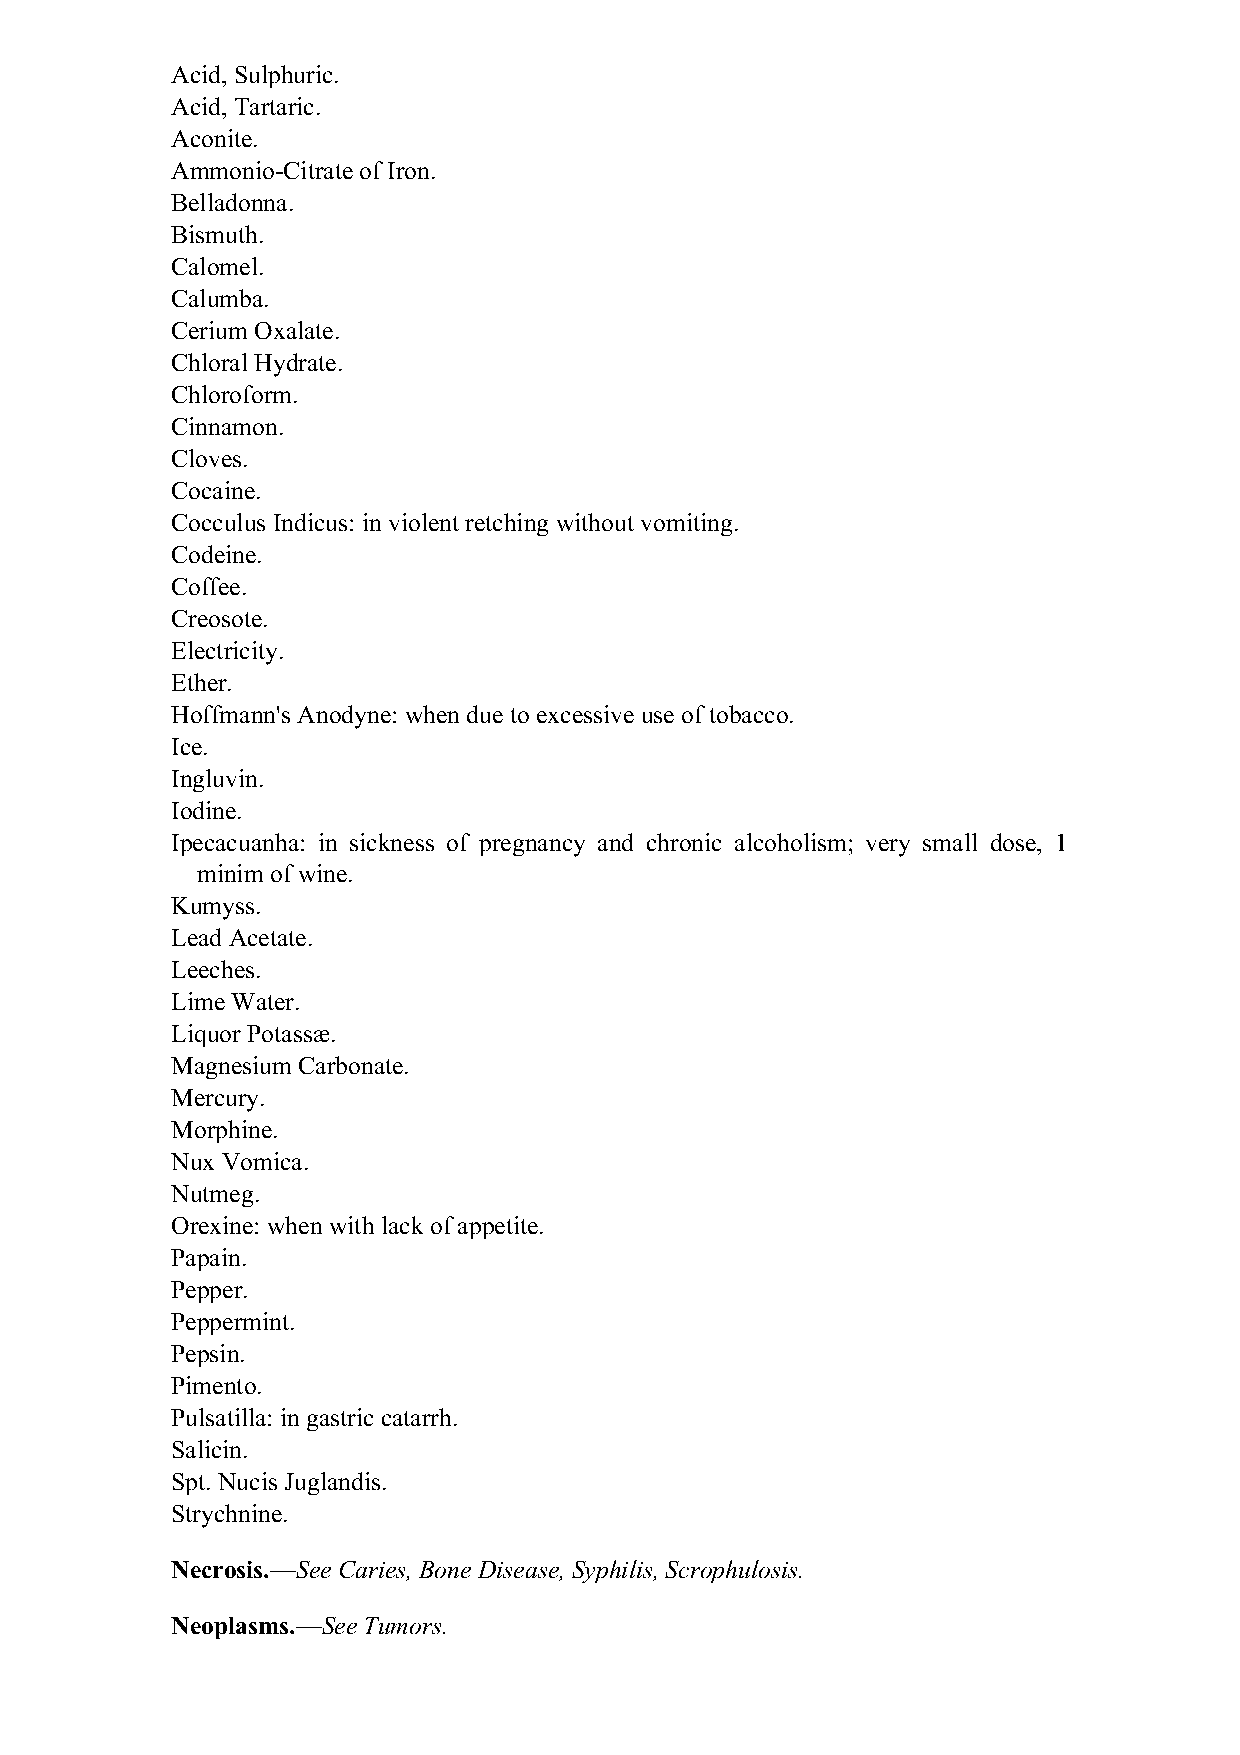
Acid, Sulphuric.
 Acid, Tartaric.
 Aconite.
 Ammonio-Citrate of Iron.
 Belladonna.
 Bismuth.
 Calomel.
 Calumba.
 Cerium Oxalate.
 Chloral Hydrate.
 Chloroform.
 Cinnamon.
 Cloves.
 Cocaine.
 Cocculus Indicus: in violent retching without vomiting.
 Codeine.
 Coffee.
 Creosote.
 Electricity.
 Ether.
 Hoffmann's Anodyne: when due to excessive use of tobacco.
 Ice.
 Ingluvin.
 Iodine.
 Ipecacuanha: in sickness of pregnancy and chronic alcoholism; very small dose, 1
 minim of wine.
 Kumyss.
 Lead Acetate.
 Leeches.
 Lime Water.
 Liquor Potassæ.
 Magnesium Carbonate.
 Mercury.
 Morphine.
 Nux Vomica.
 Nutmeg.
 Orexine: when with lack of appetite.
 Papain.
 Pepper.
 Peppermint.
 Pepsin.
 Pimento.
 Pulsatilla: in gastric catarrh.
 Salicin.
 Spt. Nucis Juglandis.
 Strychnine.
 Necrosis.—See Caries, Bone Disease, Syphilis, Scrophulosis.
 Neoplasms.—See Tumors.